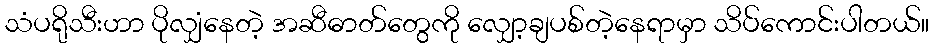
သံပရိုသီးဟာ ပိုလျှံနေတဲ့ အဆီဓာတ်တွေကို လျှော့ချပစ်တဲ့နေရာမှာ သိပ်ကောင်းပါတယ်။